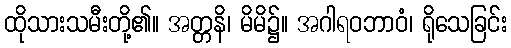
ထိုသားသမီးတို့၏။ အတ္တနိ၊ မိမိ၌။ အဂါရဝဘာဝံ၊ ရိုသေခြင်း